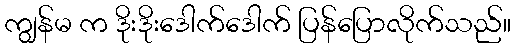
ကျွန်မ က ဒိုးဒိုးဒေါက်ဒေါက် ပြန်ပြောလိုက်သည်။